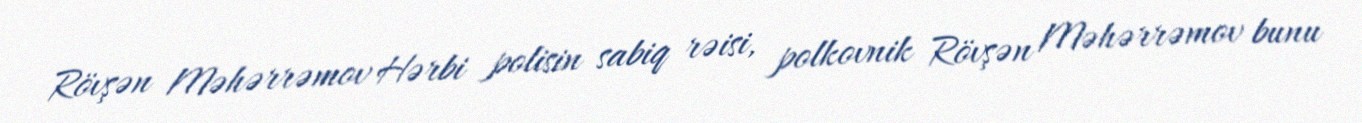
Rövşən Məhərrəmov Hərbi polisin sabiq rəisi, polkovnik Rövşən Məhərrəmov bunu